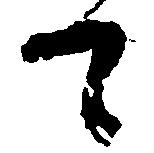
て